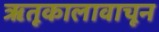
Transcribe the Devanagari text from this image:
ऋतूकालावाचून